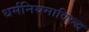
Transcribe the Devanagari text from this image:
धर्मनियमाविरुद्ध